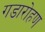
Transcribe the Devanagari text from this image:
गडारोहण